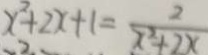
x ^ { 2 } + 2 x + 1 = \frac { 2 } { x ^ { 2 } + 2 x }